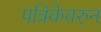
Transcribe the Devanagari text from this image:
पत्रिकेवरुन